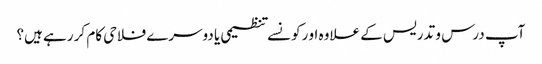
آپ درس و تدریس کے علاوہ او رکونسے تنظیمی یا دوسرے فلاحی کام کر رہے ہیں؟